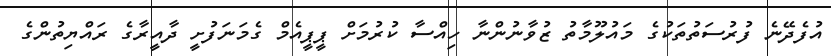
އުފެދޭނެ ފުރުސަތުތަކުގެ މައުލޫމާތު ޒުވާނުންނާ ހިއްސާ ކުރުމަށް ޕީޕީއެމް ގެމަނަފުށީ ދާއީރާގެ ރައްޔިތުންގެ